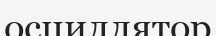
осциллятор